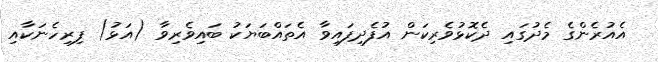
އެއުރެންގެ މެދުގައި ދެކޮޅުވެރިކަން އުފެދިފައިވާ އެތައްބަޔަކު ބައިވެރިވާ (އަޅު) ފިރިހެނަކާއި